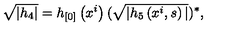
\sqrt { | h _ { 4 } | } = h _ { [ 0 ] } \left( x ^ { i } \right) ( \sqrt { | h _ { 5 } \left( x ^ { i } , s \right) | } ) ^ { * } ,